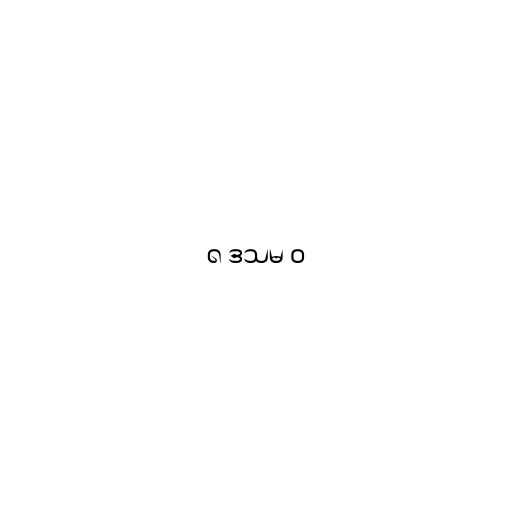
၈ ဒသမ ၀